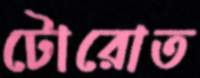
টোরোত